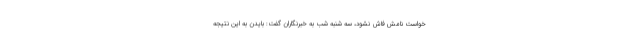
خواست نامش فاش نشود، سه شنبه شب به خبرنگاران گفت: بایدن به این نتیجه